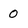
Character: 0